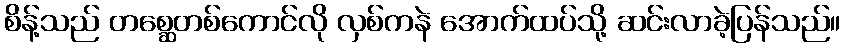
စိန့်သည် တစ္ဆေတစ်ကောင်လို လှစ်ကနဲ အောက်ထပ်သို့ ဆင်းလာခဲ့ပြန်သည်။